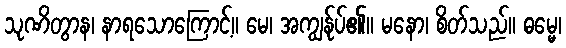
သုဏိတွာန၊ နာရသောကြောင့်။ မေ၊ အကျွန်ုပ်၏။ မနော၊ စိတ်သည်။ ဓမ္မေ၊